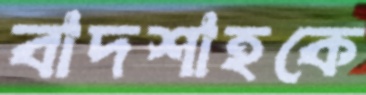
বাদশাহকে